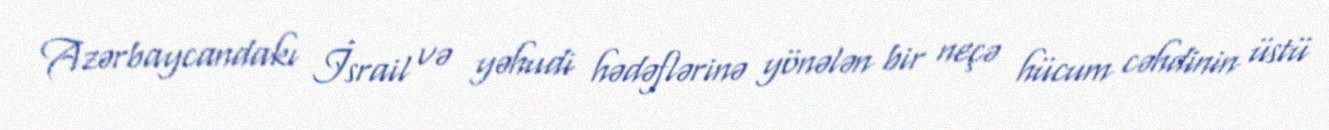
Azərbaycandakı İsrail və yəhudi hədəflərinə yönələn bir neçə hücum cəhdinin üstü